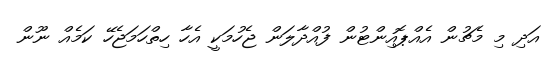
އަދި މި މެޗުން އެއްޕޮއިންޓުން ފުއްދާލަން ޖެހުމަކީ އެހާ ހިތްހަމަޖެހޭ ކަމެއް ނޫން